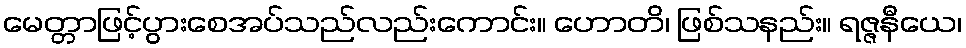
မေတ္တာဖြင့်ပွားစေအပ်သည်လည်းကောင်း။ ဟောတိ၊ ဖြစ်သနည်း။ ရဇ္ဇနီယေ၊